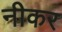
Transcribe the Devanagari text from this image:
नीकर